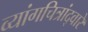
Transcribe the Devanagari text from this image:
व्यांगचित्रांद्वारे